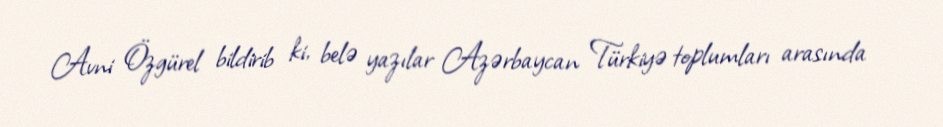
Avni Özgürel bildirib ki, belə yazılar Azərbaycan Türkiyə toplumları arasında